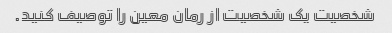
شخصیت یک شخصیت از رمان معین را توصیف کنید.